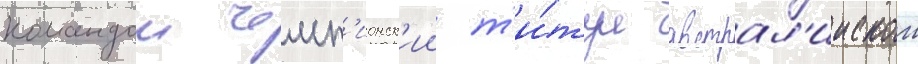
командои чемп'ионск'ии т'и́тул австрал'иискои